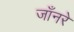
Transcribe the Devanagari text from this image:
जाँनरे